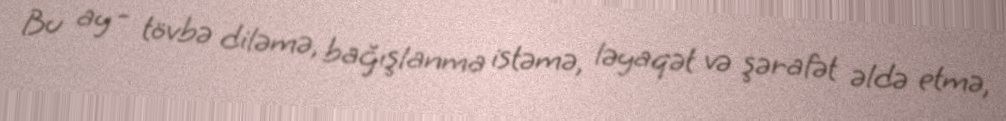
Bu ay - tövbə diləmə, bağışlanma istəmə, ləyaqət və şərafət əldə etmə,